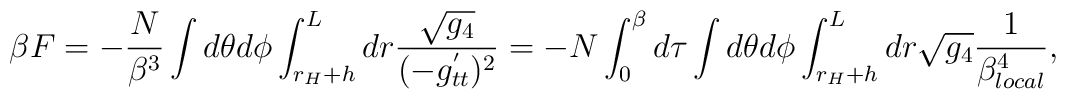
\beta F = - \frac{N}{\beta^3 }  \int d \theta d \phi \int_{r_H + h}^L dr \frac{\sqrt{g_4}}{ ( - g^{'}_{tt } )^2  }  = - N \int_0^\beta d \tau \int d \theta d \phi \int_{r_H + h}^L dr \sqrt{g_4}  \frac{1}{ \beta_{local}^4},